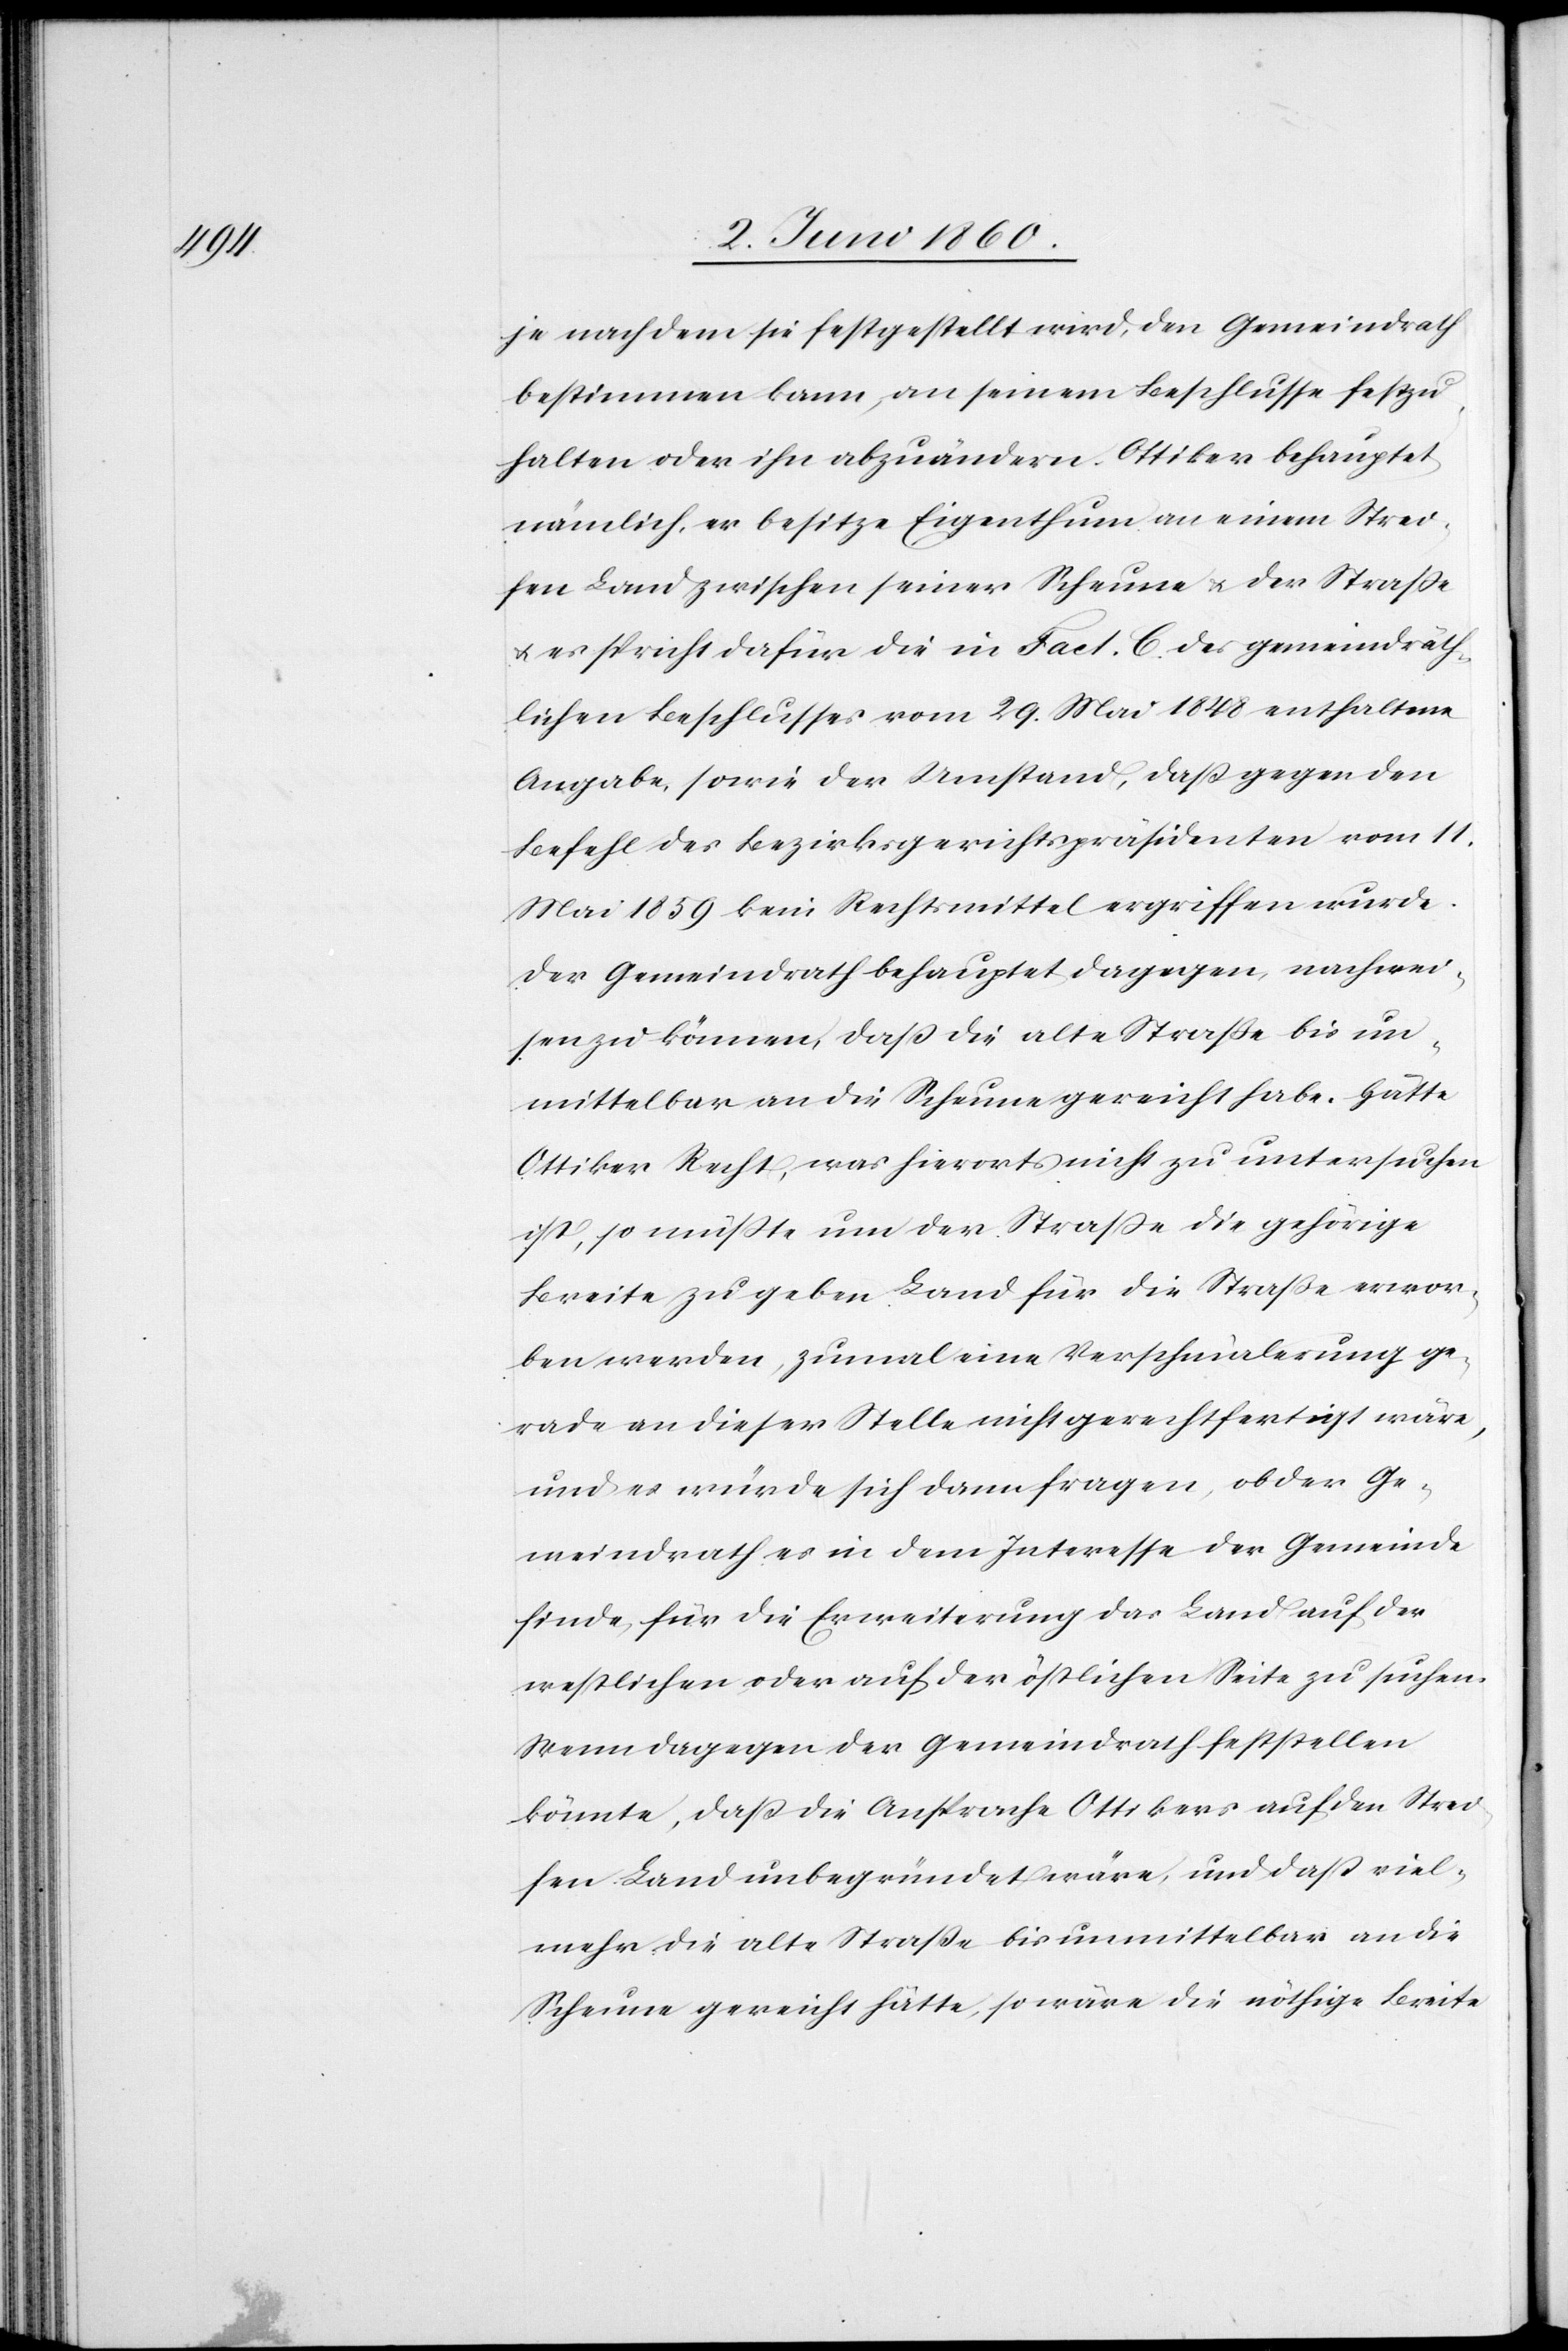
je nachdem sie festgestellt wird, den Gemeindrath
bestimmen kann, an seinem Beschlusse festzu¬
halten oder ihn abzuändern. Ottiker behauptet
nämlich, er besitze Eigenthum an einem Strei¬
fen Land zwischen seiner Scheune u. der Strasse
u. es spricht dafür die in Fact. C. des gemeindräth¬
lichen Beschlusses vom 29. Mai 1848 enthaltene
Angabe, sowie der Umstand, dass gegen den
Befehl des Bezirksgerichtspräsidenten vom 11.
Mai 1859 kein Rechtsmittel ergriffen wurde.
Der Gemeindrath behauptet dagegen, nachwei¬
sen zu können, dass die alte Strasse bis un¬
mittelbar an die Scheune gereicht habe. Hätte
Ottiker Recht, was hierorts nicht zu untersuchen
ist, so müsste um der Strasse die gehörige
Breite zu geben Land für die Strasse erwor¬
ben werden, zumal eine Verschmälerung ge¬
rade an dieser Stelle nicht gerechtfertigt wäre,
und es würde sich dann fragen, ob der Ge¬
meindrath es in dem Interesse der Gemeinde
finde, für die Erweiterung das Land auf der
westlichen oder auf der östlichen Seite zu suchen.
Wenn dagegen der Gemeindrath feststellen
könnte, dass die Ansprache Ottikers auf den Strei¬
fen Land unbegründet wäre, und dass viel¬
mehr die alte Strasse bis unmittelbar an die
Scheune gereicht hätte, so wäre die nöthige Breite